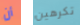
أن تكرهين